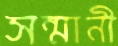
সন্মানী